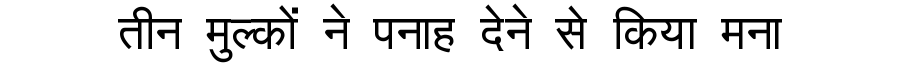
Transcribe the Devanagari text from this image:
तीन मुल्कों ने पनाह देने से किया मना